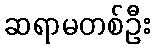
ဆရာမတစ်ဦး